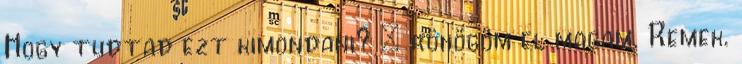
Hogy tudtad ezt kimondani? – röhögöm el magam. Remek.